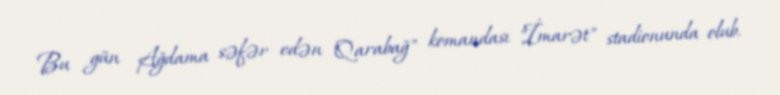
Bu gün Ağdama səfər edən "Qarabağ" komandası "İmarət" stadionunda olub.